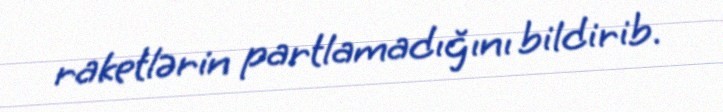
raketlərin partlamadığını bildirib.